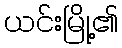
ယင်းမြို့၏